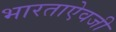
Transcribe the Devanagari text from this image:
भारताऐवजी